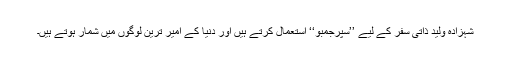
شہزادہ ولید ذاتی سفر کے لیے ’’سپرجمبو‘‘ استعمال کرتے ہیں اور دنیا کے امیر ترین لوگوں میں شمار ہوتے ہیں۔